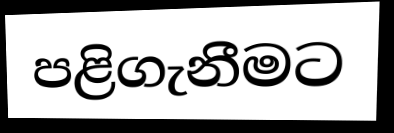
පළිගැනීමට